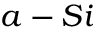
a - S i